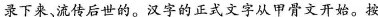
录下来、流传后世的。汉字的正式文字从甲骨文开始。